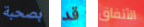
بصحبة قد الأتفاق